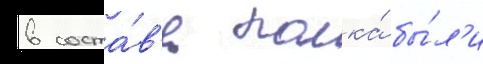
в соста́в'е полка́ бы́л'и